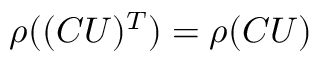
\rho ( ( C U ) ^ { T } ) = \rho ( C U )